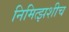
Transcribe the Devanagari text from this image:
निमित्झशीच